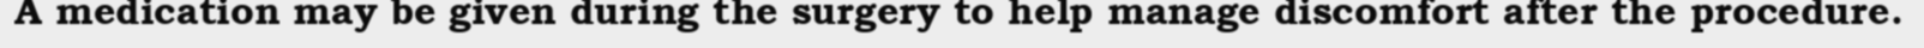
A medication may be given during the surgery to help manage discomfort after the procedure.